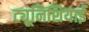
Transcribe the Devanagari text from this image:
ट्यूनिशियाई